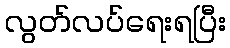
လွတ်လပ်ရေးရပြီး